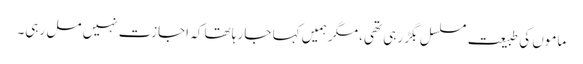
ماموں کی طبیعت مسلسل بگڑ رہی تھی، مگر ہمیں کہا جا رہا تھا کہ اجازت نہیں مل رہی۔